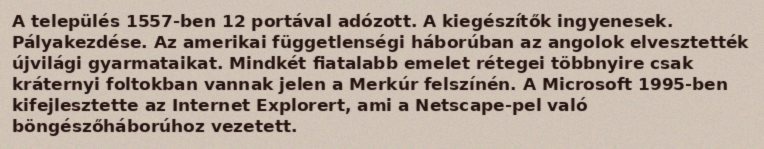
A település 1557-ben 12 portával adózott. A kiegészítők ingyenesek. Pályakezdése. Az amerikai függetlenségi háborúban az angolok elvesztették újvilági gyarmataikat. Mindkét fiatalabb emelet rétegei többnyire csak kráternyi foltokban vannak jelen a Merkúr felszínén. A Microsoft 1995-ben kifejlesztette az Internet Explorert, ami a Netscape-pel való böngészőháborúhoz vezetett.